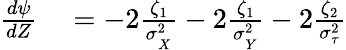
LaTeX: \begin{array}{rl}{\frac{d\psi}{dZ}}&{{}=-2\frac{\zeta_{1}}{\sigma_{_X}^{2}}-2\frac{\zeta_{1}}{\sigma_{_Y}^{2}}-2\frac{\zeta_{2}}{\sigma_{\tau}^{2}}}\end{array}